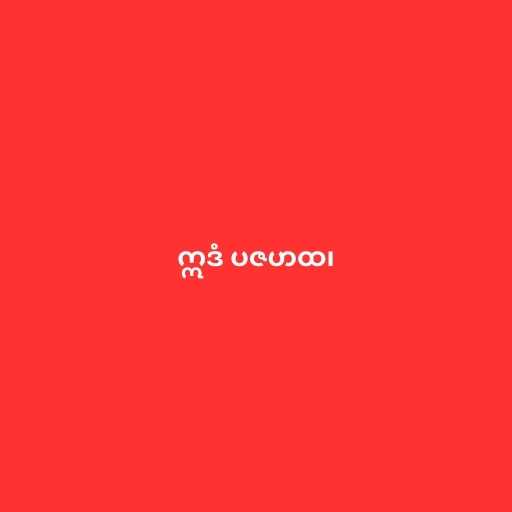
ဣဒံ ပဇဟထ၊